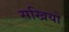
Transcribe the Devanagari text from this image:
सखियो